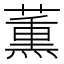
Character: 薫